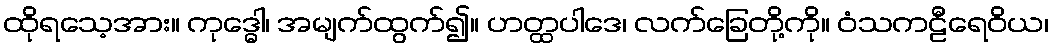
ထိုရသေ့အား။ ကုဒ္ဓေါ၊ အမျက်ထွက်၍။ ဟတ္ထပါဒေ၊ လက်ခြေတို့ကို။ ဝံသကဠီရေဝိယ၊